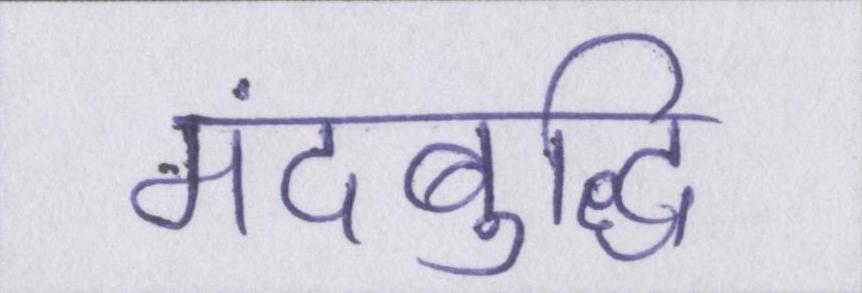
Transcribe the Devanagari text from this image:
मंदबुद्धि